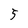
Character: 5